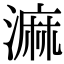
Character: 𣻕